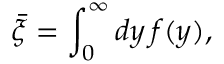
\bar { \xi } = \int _ { 0 } ^ { \infty } d y \, f ( y ) ,